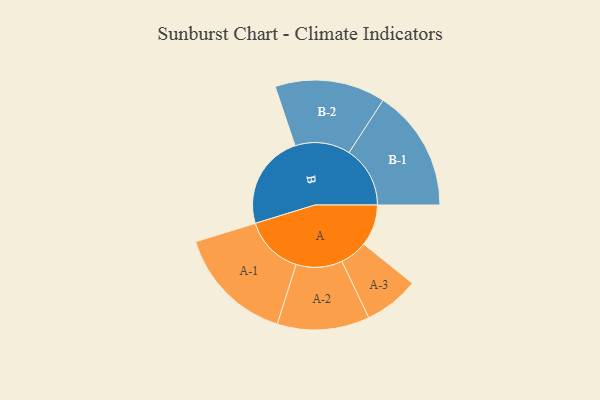
{"axis": {"x": "Segment", "y": "Value"}, "legend": ["", "A", "B"], "data": [{"x": "A", "y": 187, "type": ""}, {"x": "B", "y": 427, "type": ""}, {"x": "A-1", "y": 267, "type": "A"}, {"x": "A-2", "y": 208, "type": "A"}, {"x": "A-3", "y": 124, "type": "A"}, {"x": "B-1", "y": 275, "type": "B"}, {"x": "B-2", "y": 249, "type": "B"}]}